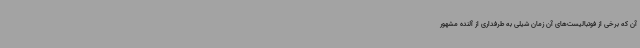
آن که برخی از فوتبالیست‌های آن زمان شیلی به طرفداری از آلنده مشهور